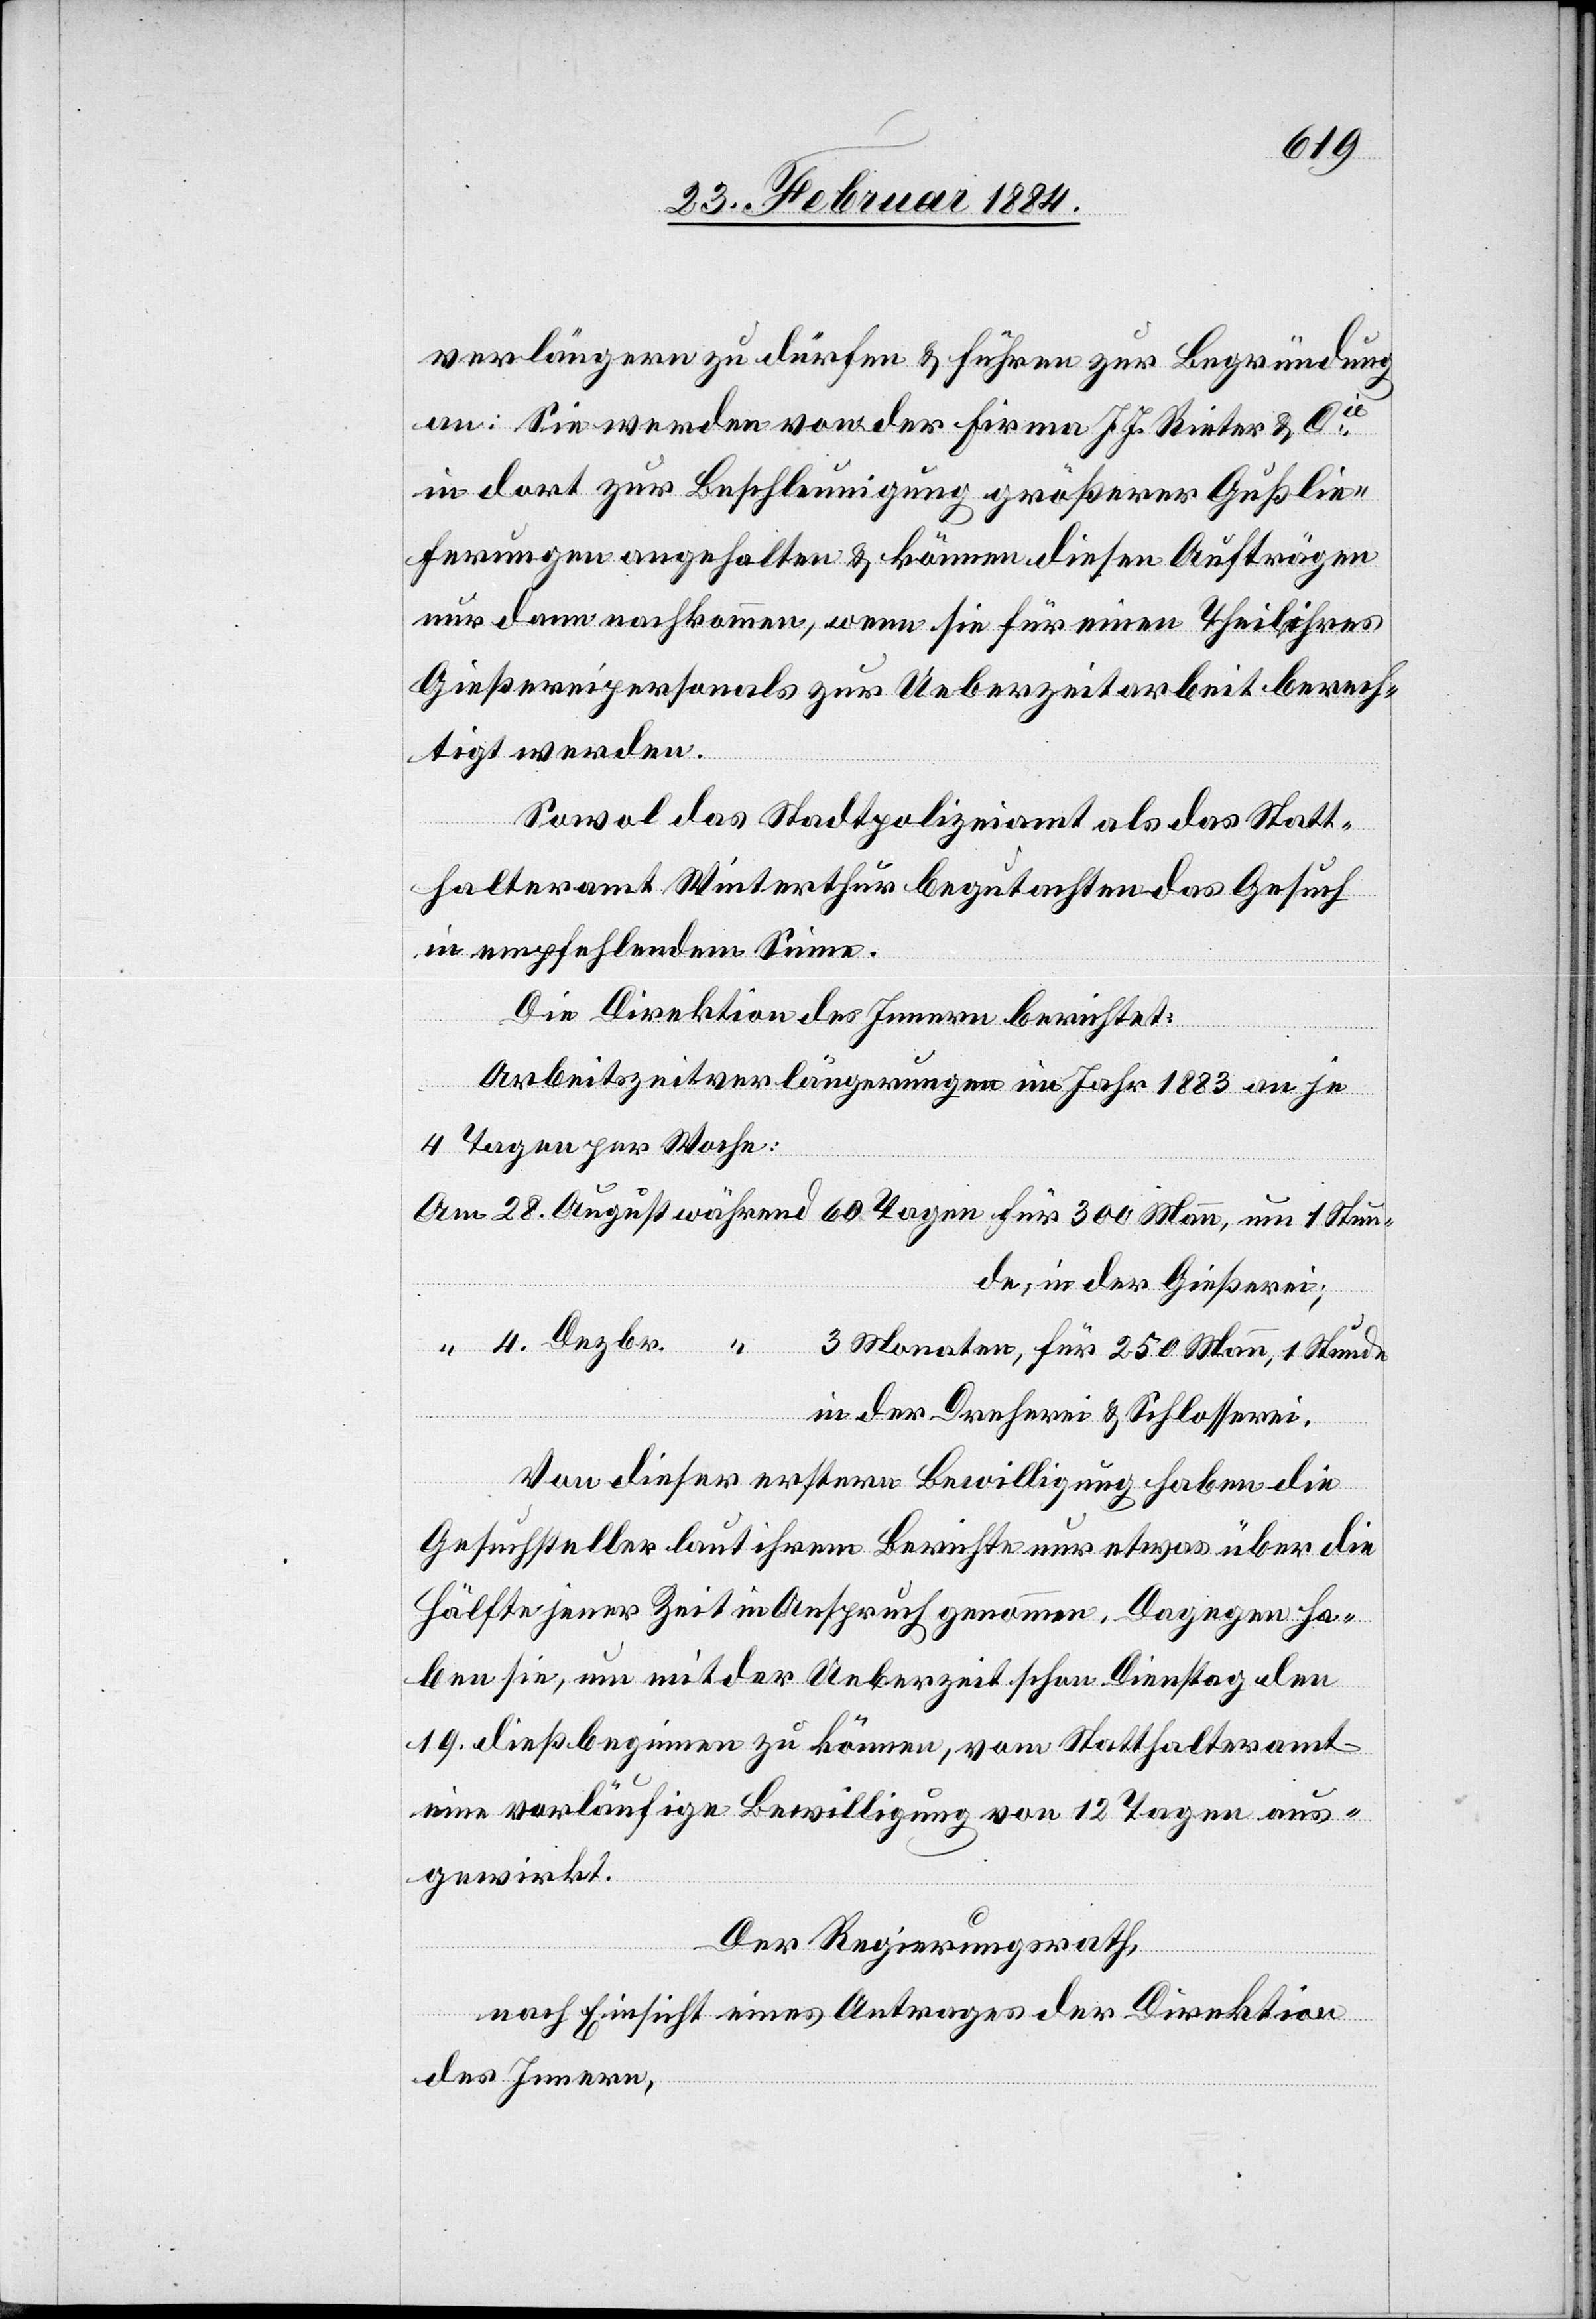
verlängern zu dürfen & führen zur Begründung
an: Sie werden von der Firma J. J. Rieter & Cie
in dort zur Beschleunigung größerer Gußlie¬
ferungen angehalten & können diesen Aufträgen
nur dann nachkommen, wenn sie für einen Theil ihres
Gießereipersonals zur Ueberzeitarbeit berech¬
tigt werden.
Sowol das Stadtpolizeiamt als das Statt¬
halteramt Winterthur begutachten das Gesuch
im empfehlenden Sinne.
Die Direktion des Innern berichtet:
Arbeitszeitverlängerungen im Jahr 1883 an je
4 Tagen per Woche:
Stunde, in der Gießerei;
3 Monaten, für 250 Mann, 1 Stunde
in der Dreherei & Schlosserei.
Von dieser ersten Bewilligung haben die
Gesuchsteller laut ihrem Berichte nur etwas über die
Hälfte jener Zeit in Anspruch genommen. Dagegen ha¬
ben sie, um mit der Ueberzeit schon Dienstag den
19. dieß beginnen zu können, vom Statthalteramt
eine vorläufige Bewilligung von 12 Tagen aus¬
gewirkt.
Der Regierungsrath,
nach Einsicht eines Antrages der Direktion
des Innern,